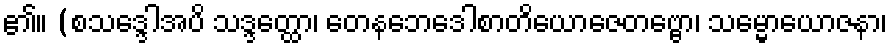
၏။ (စသဒ္ဒေါအပိ သဒ္ဒတ္ထော၊ တေနဘေဒေါစာတိယောဇေတဗ္ဗော၊ သမ္မောယောဇနာ၊